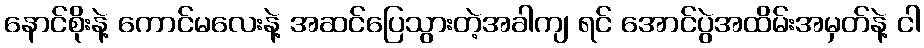
နောင်စိုးနဲ့ ကောင်မလေးနဲ့ အဆင်ပြေသွားတဲ့အခါကျ ရင် အောင်ပွဲအထိမ်းအမှတ်နဲ့ ငါ